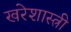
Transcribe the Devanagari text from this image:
खरेशास्त्री